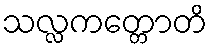
သလ္လကတ္တောတိ